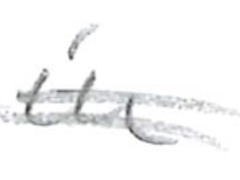
Text: produced
Cross-out: double-line
Writing tool: pencil